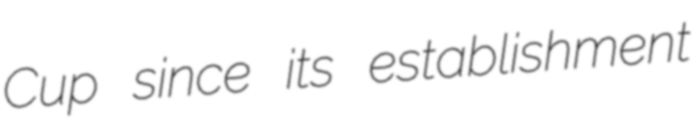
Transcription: Cup since its establishment